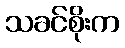
သခင်စိုးက